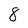
Character: 8